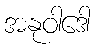
အနုဝါဒေါ